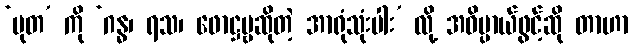
‘မုတ’ ကို ‘ဂန္ဓ၊ ရသ၊ ဖောဋ္ဌဗ္ဗဆိုတဲ့ အာရုံသုံးပါး’ လို့ အဓိပ္ပာယ်ဖွင့်ဆို တာဟာ